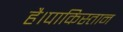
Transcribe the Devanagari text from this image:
है।पाकिस्तान